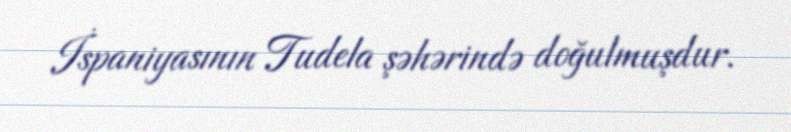
İspaniyasının Tudela şəhərində doğulmuşdur.